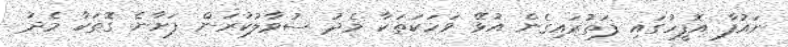
ނައުފާ އޮފީހުގައި ފަތުރައިގެން އުޅޭ ވަހަކަތަކާ މެދު ސުވާލުކުރަން ފަށާނެ ގޮތަކާ މެދު